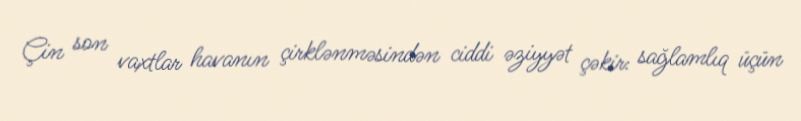
Çin son vaxtlar havanın çirklənməsindən ciddi əziyyət çəkir: sağlamlıq üçün